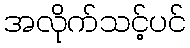
အလိုက်သင့်ပင်